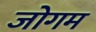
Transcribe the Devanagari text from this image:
जोगम